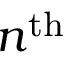
n ^ { \mathrm { t h } }